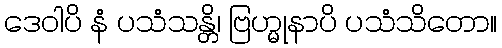
ဒေဝါပိ နံ ပသံသန္တိ၊ ဗြဟ္မုနာပိ ပသံသိတော။